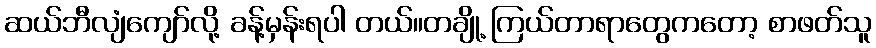
ဆယ်ဘီလျံကျော်လို့ ခန့်မှန်းရပါ တယ်။တချို့ ကြယ်တာရာတွေကတော့ စာဖတ်သူ